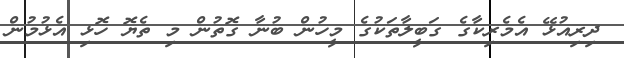
ދިރިއުޅޭ އެމެރިކާގެ ގަބީލާތަކުގެ މީހުން ބުނާ ގޮތުން މި ތެޔޮ ހޮޅި އެޅުމުން